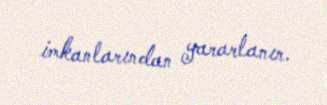
imkanlarından yararlanır.